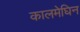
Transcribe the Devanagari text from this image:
कालमेघिन